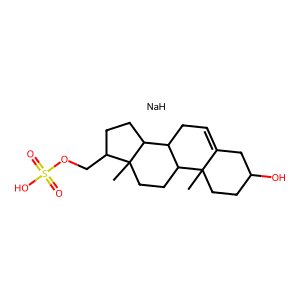
SMILES: CC12CCC(O)CC1=CCC1C2CCC2(C)C(COS(=O)(=O)O)CCC12.[NaH]
Inhibits HIV replication: No